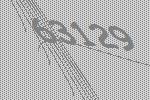
63129